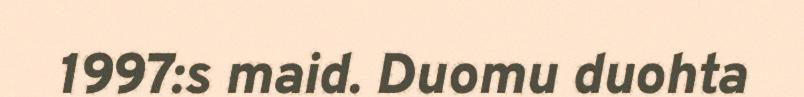
1997:s maid. Duomu duohta